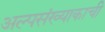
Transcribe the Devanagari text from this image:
अल्पसंख्याकाची